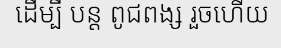
ដើម្បី បន្ត ពូជពង្ស រួចហើយ